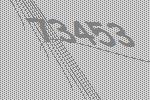
73453